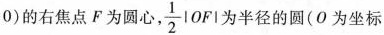
0)的右焦点F为圆心，\frac{1}{2}|OF|为半径的圆(О为坐标